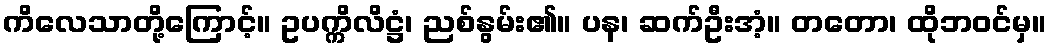
ကိလေသာတို့ကြောင့်။ ဥပက္ကိလိဋ္ဌံ၊ ညစ်နွမ်း၏။ ပန၊ ဆက်ဦးအံ့။ တတော၊ ထိုဘဝင်မှ။